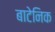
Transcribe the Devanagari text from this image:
बाटेनिक